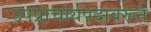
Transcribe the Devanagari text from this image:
उपप्राचार्यपदावरून